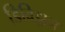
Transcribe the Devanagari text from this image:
डिविझ़न